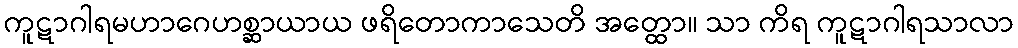
ကူဋာဂါရမဟာဂေဟစ္ဆာယာယ ဖရိတောကာသေတိ အတ္ထော။ သာ ကိရ ကူဋာဂါရသာလာ